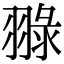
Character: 䎑